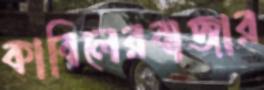
কাবিলেরবাজার